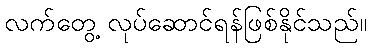
လက်တွေ့ လုပ်ဆောင်ရန်ဖြစ်နိုင်သည်။